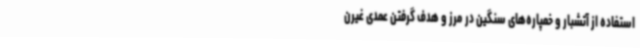
استفاده از آتشبار و خمپاره‌های سنگین در مرز و هدف گرفتن عمدی غیرن